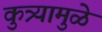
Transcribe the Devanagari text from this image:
कुत्र्यामुळे